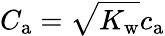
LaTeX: C_{\mathrm{a}}=\sqrt{K_{\mathrm{w}}}c_{\mathrm{a}}